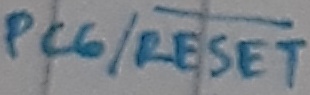
Text: PC6/RESET